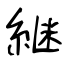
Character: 継